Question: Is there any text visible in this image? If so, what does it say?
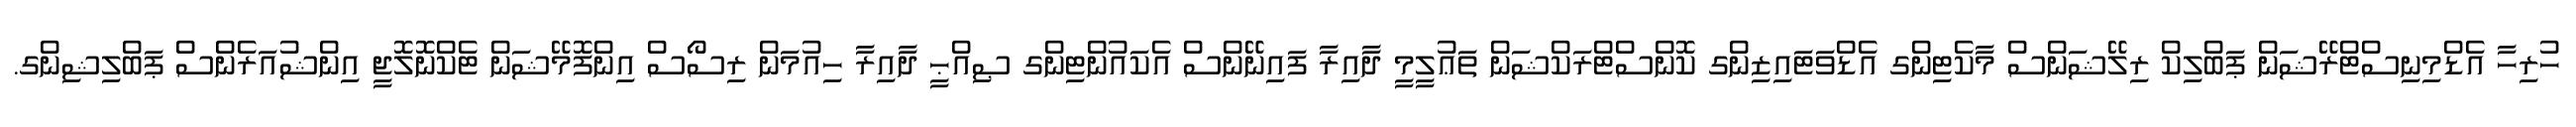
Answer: ހުރިހާ އެޑްމިނިސްޓްރޭޝަން ޕަބްލިކް ރިލޭޝަންސް މާކެޓިންގ އެޑްވަޓައިޒިންގ ކޮންސްޓްރަކްޝަން ތަޢުލީމީ ދާއިރާ ފައިނޭންސް އެކައުންޓިންގ ޞިއްޙީ ދާއިރާ ހިއުމަން ރިސޯސް އިންފޮމޭޝަން ޓެކްނޮލޮޖީ އިންޝުއަރެންސް ޕަބްލިޝިންގ.